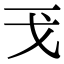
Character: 𢦌